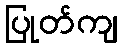
ပြုတ်ကျ